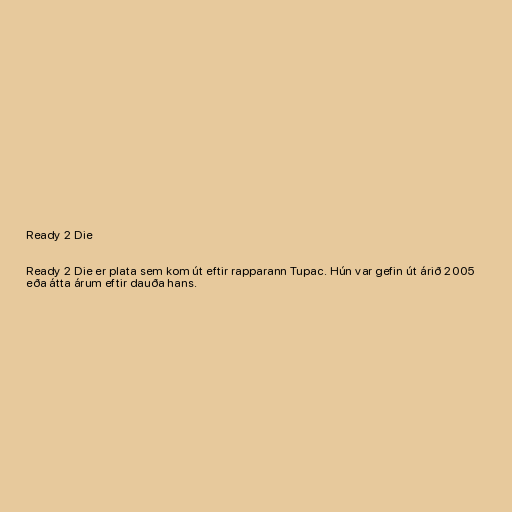
Ready 2 Die

Ready 2 Die er plata sem kom út eftir rapparann Tupac. Hún var gefin út árið 2005
eða átta árum eftir dauða hans.